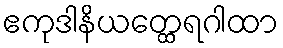
ဧကုဒါနိယတ္ထေရဂါထာ